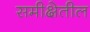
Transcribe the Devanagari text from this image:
समीक्षेतील